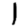
Digit: 1